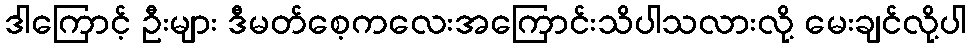
ဒါကြောင့် ဦးများ ဒီမတ်စေ့ကလေးအကြောင်းသိပါသလားလို့ မေးချင်လို့ပါ